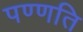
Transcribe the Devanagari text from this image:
पण्णति